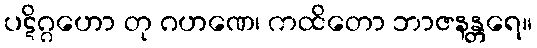
ပဋိဂ္ဂဟော တု ဂဟဏေ၊ ကထိတော ဘာဇနန္တရေ။